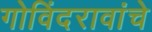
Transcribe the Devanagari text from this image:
गोविंदरावांचे